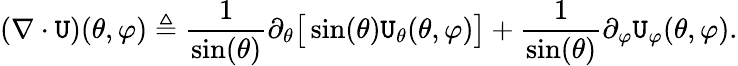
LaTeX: (\nabla\cdot\mathtt{U})(\theta,\varphi)\triangleq\frac{{1}}{{\sin(\theta)}}\partial_{\theta}\big[\sin(\theta)\mathtt{U}_{\theta}(\theta,\varphi)\big]+\frac{{1}}{{\sin(\theta)}}\partial_{\varphi}\mathtt{U}_{\varphi}(\theta,\varphi).